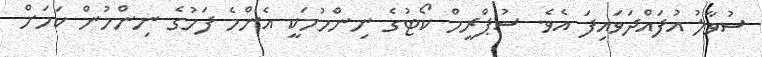
ސުވާލު އުފައްދަވައިފަ އެވެ. ސުޕްރީމް ކޯޓުގެ ނިންމުމަކީ އެންމެ ފަހުގެ ނިންމުން ކަމަށް